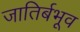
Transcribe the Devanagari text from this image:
जातिर्बभूव